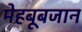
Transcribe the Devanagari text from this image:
मेहबूबजान